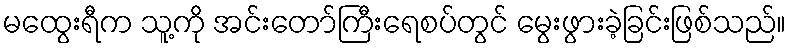
မထွေးရီက သူ့ကို အင်းတော်ကြီးရေစပ်တွင် မွေးဖွားခဲ့ခြင်းဖြစ်သည်။